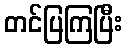
တင်ပြကြပြီး